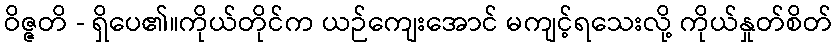
ဝိဇ္ဇတိ - ရှိပေ၏။ကိုယ်တိုင်က ယဉ်ကျေးအောင် မကျင့်ရသေးလို့ ကိုယ်နှုတ်စိတ်